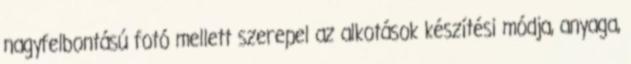
nagyfelbontású fotó mellett szerepel az alkotások készítési módja, anyaga,